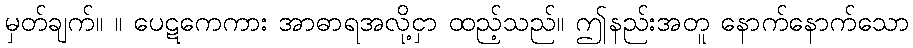
မှတ်ချက်။ ။ ပေဋကေကား အာဓာရအလို့ငှာ ထည့်သည်။ ဤနည်းအတူ နောက်နောက်သော